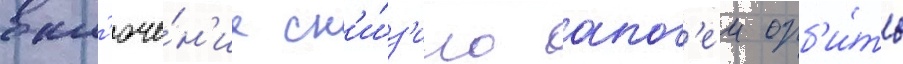
вкл'юче́н'ие сн'и́з'ило апог'еи орб'и́ты